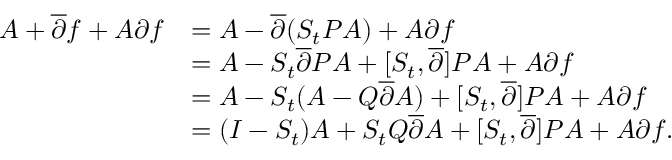
\begin{array} { r l } { A + \overline { \partial } f + A \partial f } & { = A - \overline { \partial } ( S _ { t } P A ) + A \partial f } \\ & { = A - S _ { t } \overline { \partial } P A + [ S _ { t } , \overline { \partial } ] P A + A \partial f } \\ & { = A - S _ { t } ( A - Q \overline { \partial } A ) + [ S _ { t } , \overline { \partial } ] P A + A \partial f } \\ & { = ( I - S _ { t } ) A + S _ { t } Q \overline { \partial } A + [ S _ { t } , \overline { \partial } ] P A + A \partial f . } \end{array}